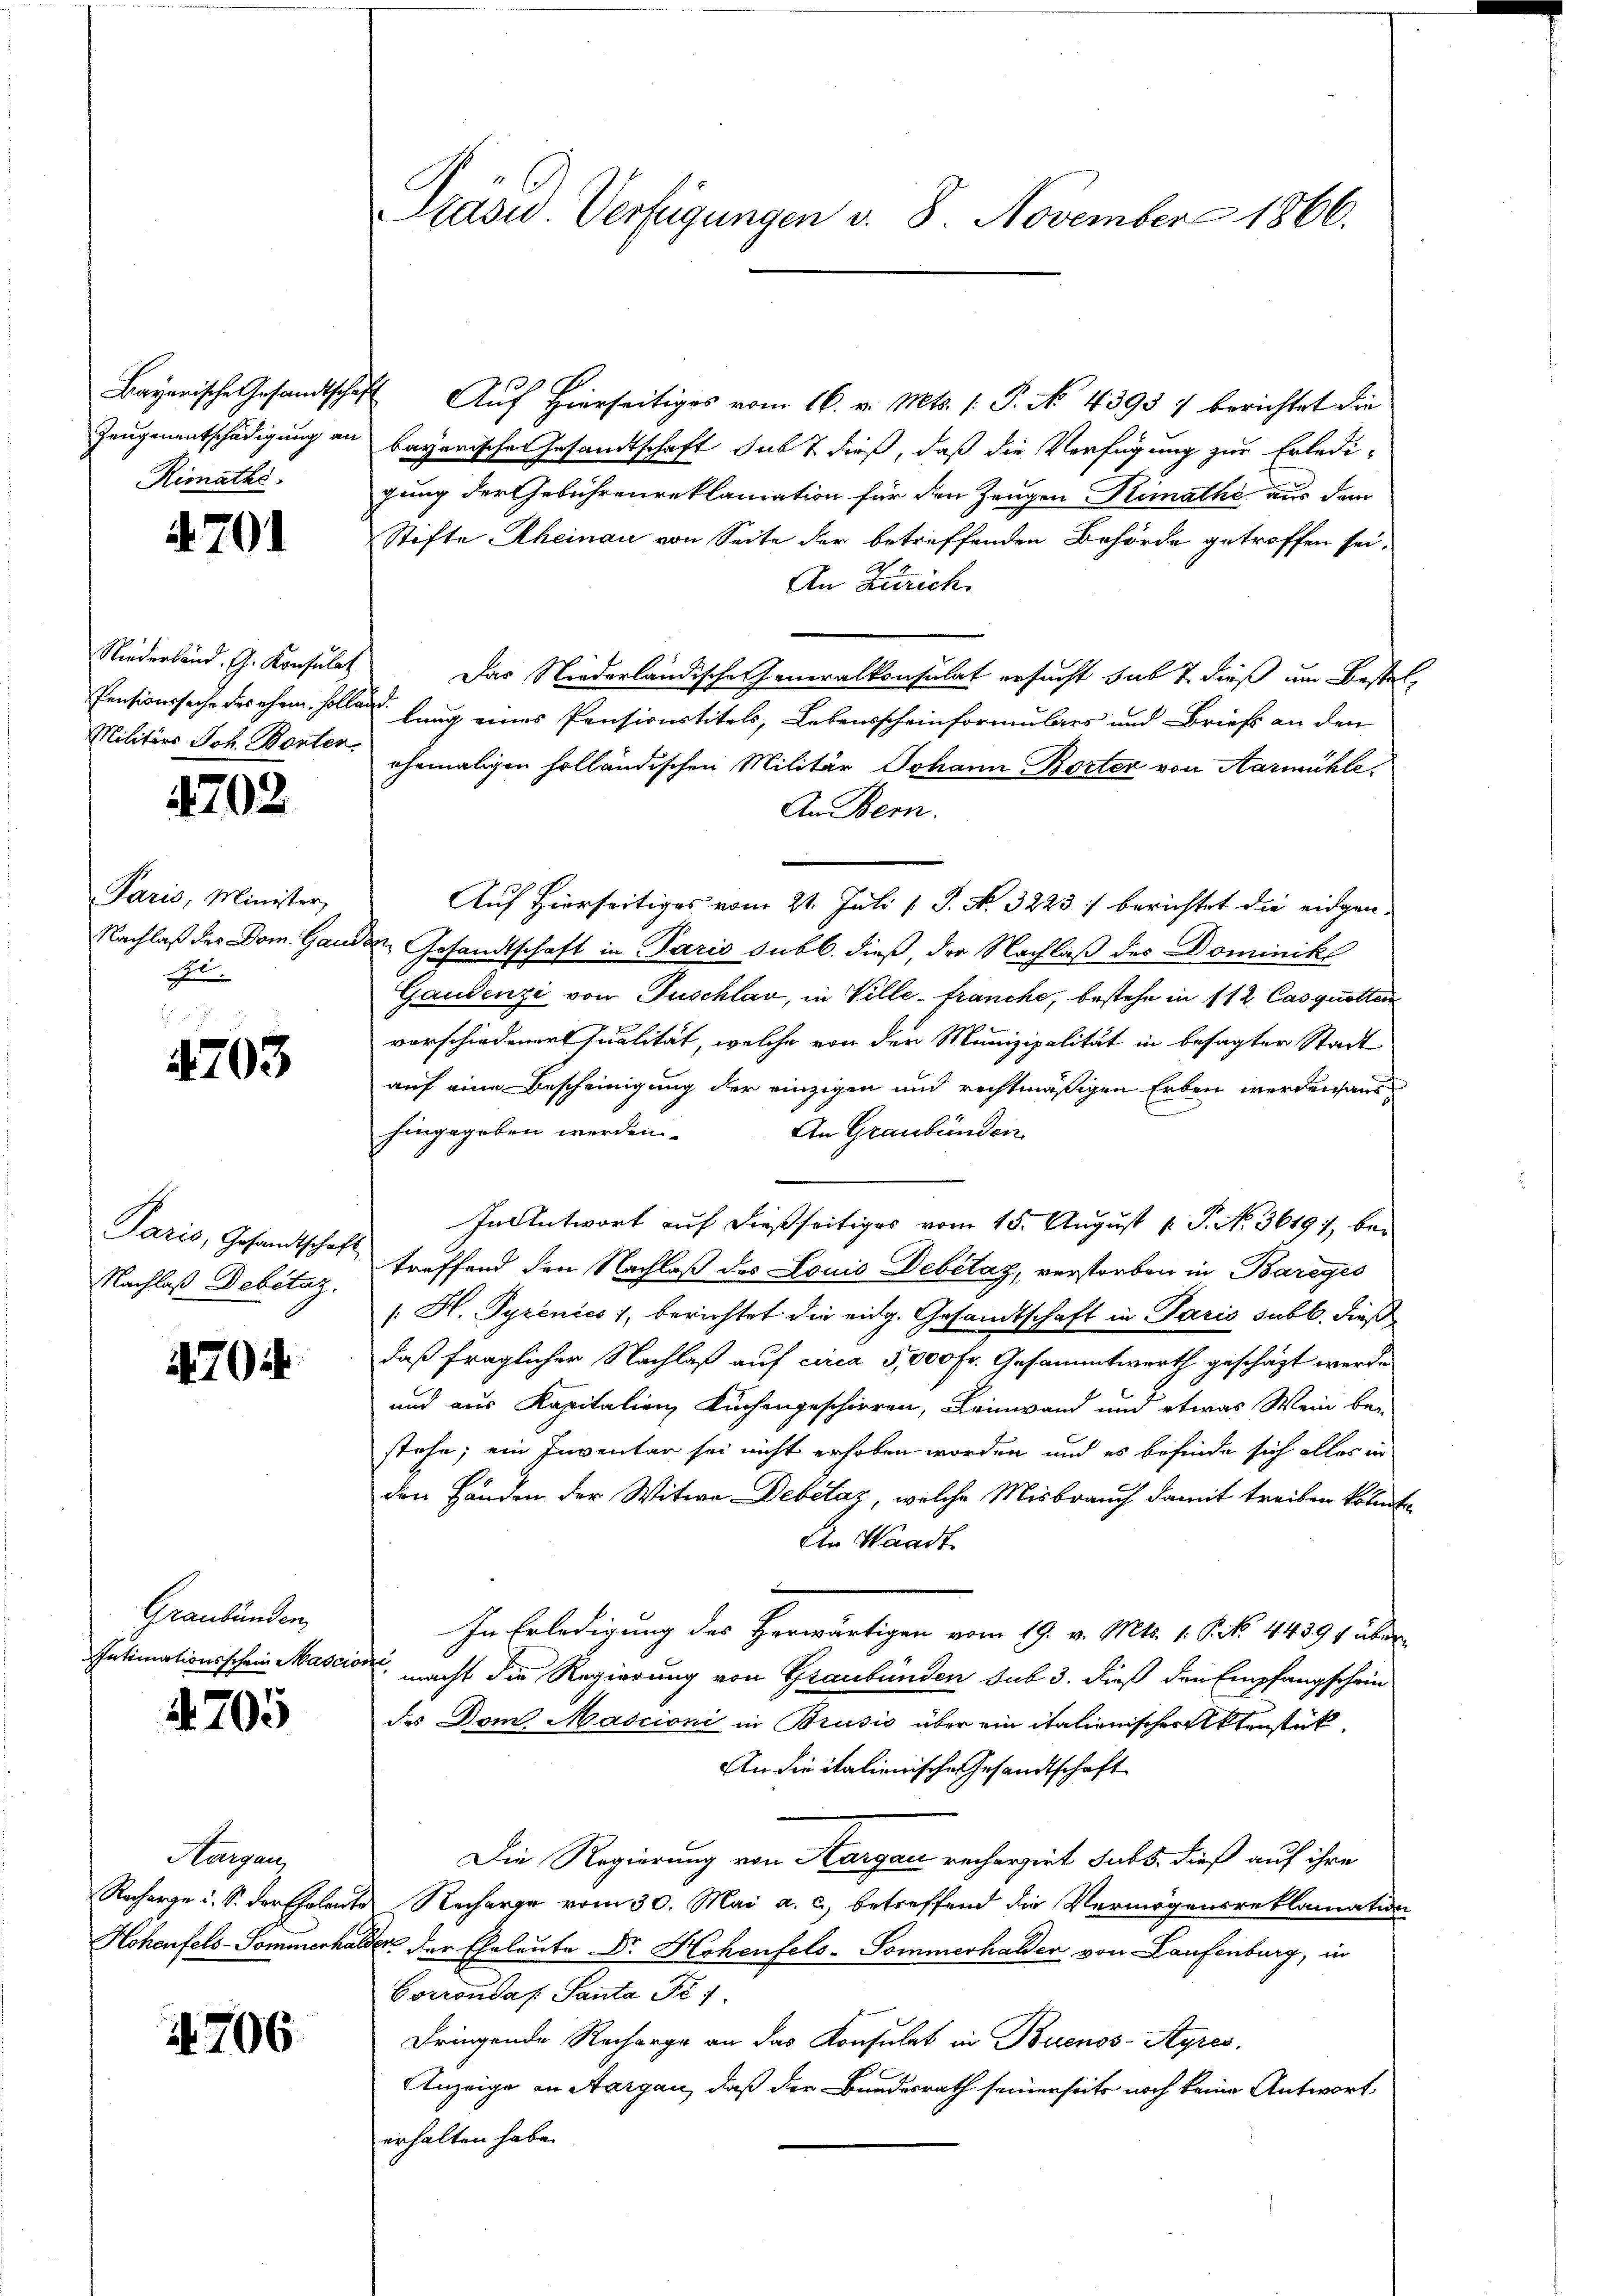
Bayerische Gesandtscha¬
Zeugenentschädigung an
Rimaths

. 701

Niederland, G. Konsulat
Pensionssache des ehem solle
Militärs Joh. Banter

4702

Paris, Minister,
Nachlaß des Dom. Gani
el.

4703

Paris, Gesandtschaft
Nachlaß Debitaz.

4704

Graubünden,
Intimationsschein Mascio

4705

Aargau,
Racharge u. S. der Ehelei
Hohenfels-Sommenha

4706

Präsid. Verfügungen d. 8. November 1866.

Auf Hierseitiges vom 16. v. Mts. 1. P. No. 43957 berichtet die
bayerische Gesandtschaft sub 7 dieß, daß die Verfügung zur Erledi-
gung der Gebührenreklamation für den Zeugen Klimathe aus dem
Stifte Rheinau von Seite der betreffenden Behörde getroffen sei.
An Zürich.
Das Niederländische Generalkonsulat ersucht sub 7. dieß um Bestel
lung eines Pensionstitels, Lebensscheinformulars und Brief an den
ehemaligen holländischen Militär Johann Borter von Aarmühle
An Bern.
Auf Hierseitiges vom 21. Juli [ P. No. 3223) berichtet die eidgen.
 Gesandtschaft in Paris subl. dieß, der Nachlaß des Dominikl
Gaudenzi von Puschlag, in Ville-Franche, bestehe in 112 Casquotten
verschiedener Qualität, welche von der Munizipalität in besagter Stadt
auf eine Bescheinigung der einzigen und rechtmäßigen Erben werden sans
hingegeben werden
An Graubünden
In Antwort auf dießseitiges vom 15. August k. P. No. 3619, bei
treffend den Nachlaß des Louis Debitag, verstorben in Bareges
/. H. Pyrenics 1, berichtet die eidg. Gesandtschaft in Paris subt. dieß
daß fraglicher Nachlaß auf circa 5,000 fr. Gesammtwerth geschäzt werde
und aus Kapitalien Kuchengeschirren, Leinwand und etwas Wein bei
stehe; ein Inventar sei nicht erhoben worden und es befinde sich alles in
den Händen der Witwe Debitaz, welche Misbrauch damit treiben könnte
An Waadt
In Erledigung des Herwärtigen vom 19. v. Mts. 1. P. No. 44391 über
x
macht die Regierung von Graubünden sub 3. dieß den Empfangschein
des Dom Mascioni in Brusis über ein italienischer Aktenstück
An die italienische Gesandtschaft
Die Regierung von Aargau recherzeit subs, dieß auf ihre
Recharge vom 30. Mai a. c., betreffend die Vermögensreklamation
es der Eheleute Dr. Hohenfels-Sommerhalder von Laufenburg, in
Gorrondaf Panta Fr. 1.
dringende Recharge an das Konsulat in Buenos-Ayres,
Anzeige in Aargau, daß der Bundesrath seinerseits noch keine Antwort
erhalten habe.